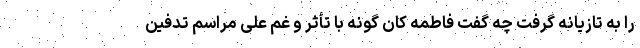
را به تازیانه گرفت چه گفت فاطمه کان گونه با تأثر و غم علی مراسم تدفین